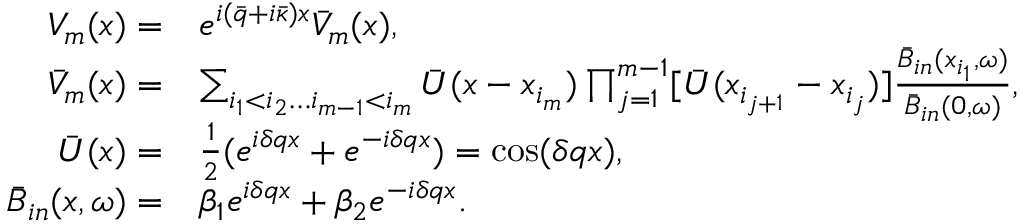
\begin{array} { r l } { V _ { m } ( x ) = } & { e ^ { i ( \bar { q } + i \bar { \kappa } ) x } \bar { V } _ { m } ( x ) , } \\ { \bar { V } _ { m } ( x ) = } & { \sum _ { i _ { 1 } < i _ { 2 } \ldots i _ { m - 1 } < i _ { m } } \bar { U } ( x - x _ { i _ { m } } ) \prod _ { j = 1 } ^ { m - 1 } [ \bar { U } ( x _ { i _ { j + 1 } } - x _ { i _ { j } } ) ] \frac { \bar { B } _ { i n } ( x _ { i _ { 1 } } , \omega ) } { \bar { B } _ { i n } ( 0 , \omega ) } , } \\ { \bar { U } ( x ) = } & { \frac { 1 } { 2 } ( e ^ { i \delta q x } + e ^ { - i \delta q x } ) = \cos ( \delta q x ) , } \\ { \bar { B } _ { i n } ( x , \omega ) = } & { \beta _ { 1 } e ^ { i \delta q x } + \beta _ { 2 } e ^ { - i \delta q x } . } \end{array}